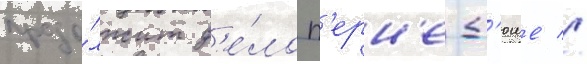
продо́лжит д'е́ло п'ерн'е-д'юше //